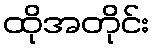
ထိုအတိုင်း